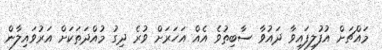
މައްޗަށް އުފުލިފައިވާ ދައުވާ ސާބިތުވެ އެއް އަހަރަށް ވުރެ ދިގު މުއްދަތަކަށް އަރުވައިލާން